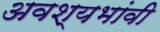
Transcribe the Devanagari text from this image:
अवश्यभांवी